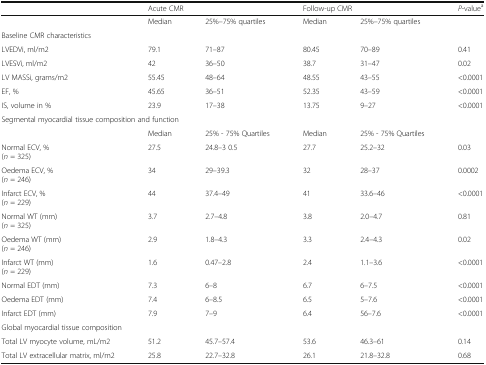
<table><thead><tr><td></td><td colspan="2"><b>Acute CMR</b></td><td colspan="2"><b>Follow-up CMR</b></td><td><b><i>P</i>-value<sup>a</sup></b></td></tr></thead><tbody><tr><td></td><td>Median</td><td>25%–75% quartiles</td><td>Median</td><td>25%–75% quartiles</td><td></td></tr><tr><td colspan="6">Baseline CMR characteristics</td></tr><tr><td>LVEDVi, ml/m2</td><td>79.1</td><td>71–87</td><td>80.45</td><td>70–89</td><td>0.41</td></tr><tr><td>LVESVi, ml/m2</td><td>42</td><td>36–50</td><td>38.7</td><td>31–47</td><td>0.02</td></tr><tr><td>LV MASSi, grams/m2</td><td>55.45</td><td>48–64</td><td>48.55</td><td>43–55</td><td>&lt;0.0001</td></tr><tr><td>EF, %</td><td>45.65</td><td>36–51</td><td>52.35</td><td>43–59</td><td>&lt;0.0001</td></tr><tr><td>IS, volume in %</td><td>23.9</td><td>17–38</td><td>13.75</td><td>9–27</td><td>&lt;0.0001</td></tr><tr><td colspan="6">Segmental myocardial tissue composition and function</td></tr><tr><td></td><td>Median</td><td>25% - 75% Quartiles</td><td>Median</td><td>25% - 75% Quartiles</td><td></td></tr><tr><td>Normal ECV, %(<i>n</i> = 325)</td><td>27.5</td><td>24.8–3 0.5</td><td>27.7</td><td>25.2–32</td><td>0.03</td></tr><tr><td>Oedema ECV, %(<i>n</i> = 246)</td><td>34</td><td>29–39.3</td><td>32</td><td>28–37</td><td>0.0002</td></tr><tr><td>Infarct ECV, %(<i>n</i> = 229)</td><td>44</td><td>37.4–49</td><td>41</td><td>33.6–46</td><td>&lt;0.0001</td></tr><tr><td>Normal WT (mm)(<i>n</i> = 325)</td><td>3.7</td><td>2.7–4.8</td><td>3.8</td><td>2.0–4.7</td><td>0.81</td></tr><tr><td>Oedema WT (mm)(<i>n</i> = 246)</td><td>2.9</td><td>1.8–4.3</td><td>3.3</td><td>2.4–4.3</td><td>0.02</td></tr><tr><td>Infarct WT (mm)(<i>n</i> = 229)</td><td>1.6</td><td>0.47–2.8</td><td>2.4</td><td>1.1–3.6</td><td>&lt;0.0001</td></tr><tr><td>Normal EDT (mm)</td><td>7.3</td><td>6–8</td><td>6.7</td><td>6–7.5</td><td>&lt;0.0001</td></tr><tr><td>Oedema EDT (mm)</td><td>7.4</td><td>6–8.5</td><td>6.5</td><td>5–7.6</td><td>&lt;0.0001</td></tr><tr><td>Infarct EDT (mm)</td><td>7.9</td><td>7–9</td><td>6.4</td><td>56–7.6</td><td>&lt;0.0001</td></tr><tr><td colspan="6">Global myocardial tissue composition</td></tr><tr><td>Total LV myocyte volume, mL/m2</td><td>51.2</td><td>45.7–57.4</td><td>53.6</td><td>46.3–61</td><td>0.14</td></tr><tr><td>Total LV extracellular matrix, ml/m2</td><td>25.8</td><td>22.7–32.8</td><td>26.1</td><td>21.8–32.8</td><td>0.68</td></tr></tbody></table>